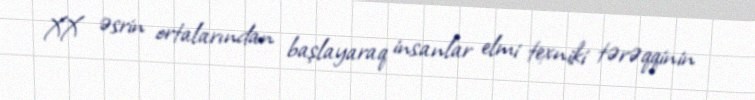
XX əsrin ortalarından başlayaraq insanlar elmi texniki tərəqqinin